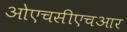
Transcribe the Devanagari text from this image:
ओएचसीएचआर